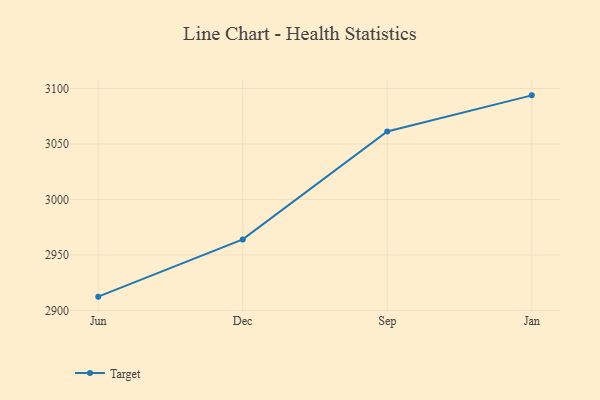
{"axis": {"x": "Month", "y": "Website Visitors"}, "legend": ["Target"], "data": [{"x": "Jun", "y": 2912.4, "type": "Target"}, {"x": "Dec", "y": 2964.0, "type": "Target"}, {"x": "Sep", "y": 3061.3, "type": "Target"}, {"x": "Jan", "y": 3093.8, "type": "Target"}]}